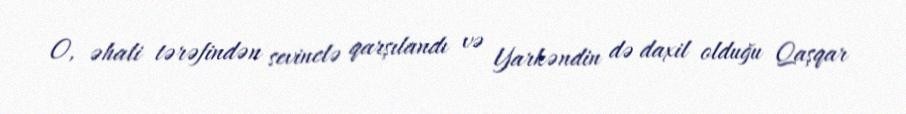
O, əhali tərəfindən sevinclə qarşılandı və Yarkəndin də daxil olduğu Qaşqar